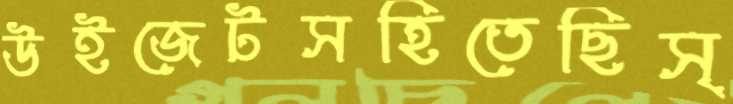
উইজেটসহিতেছিস্